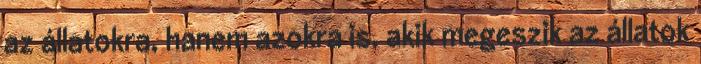
az állatokra, hanem azokra is, akik megeszik az állatok